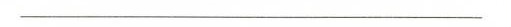
___